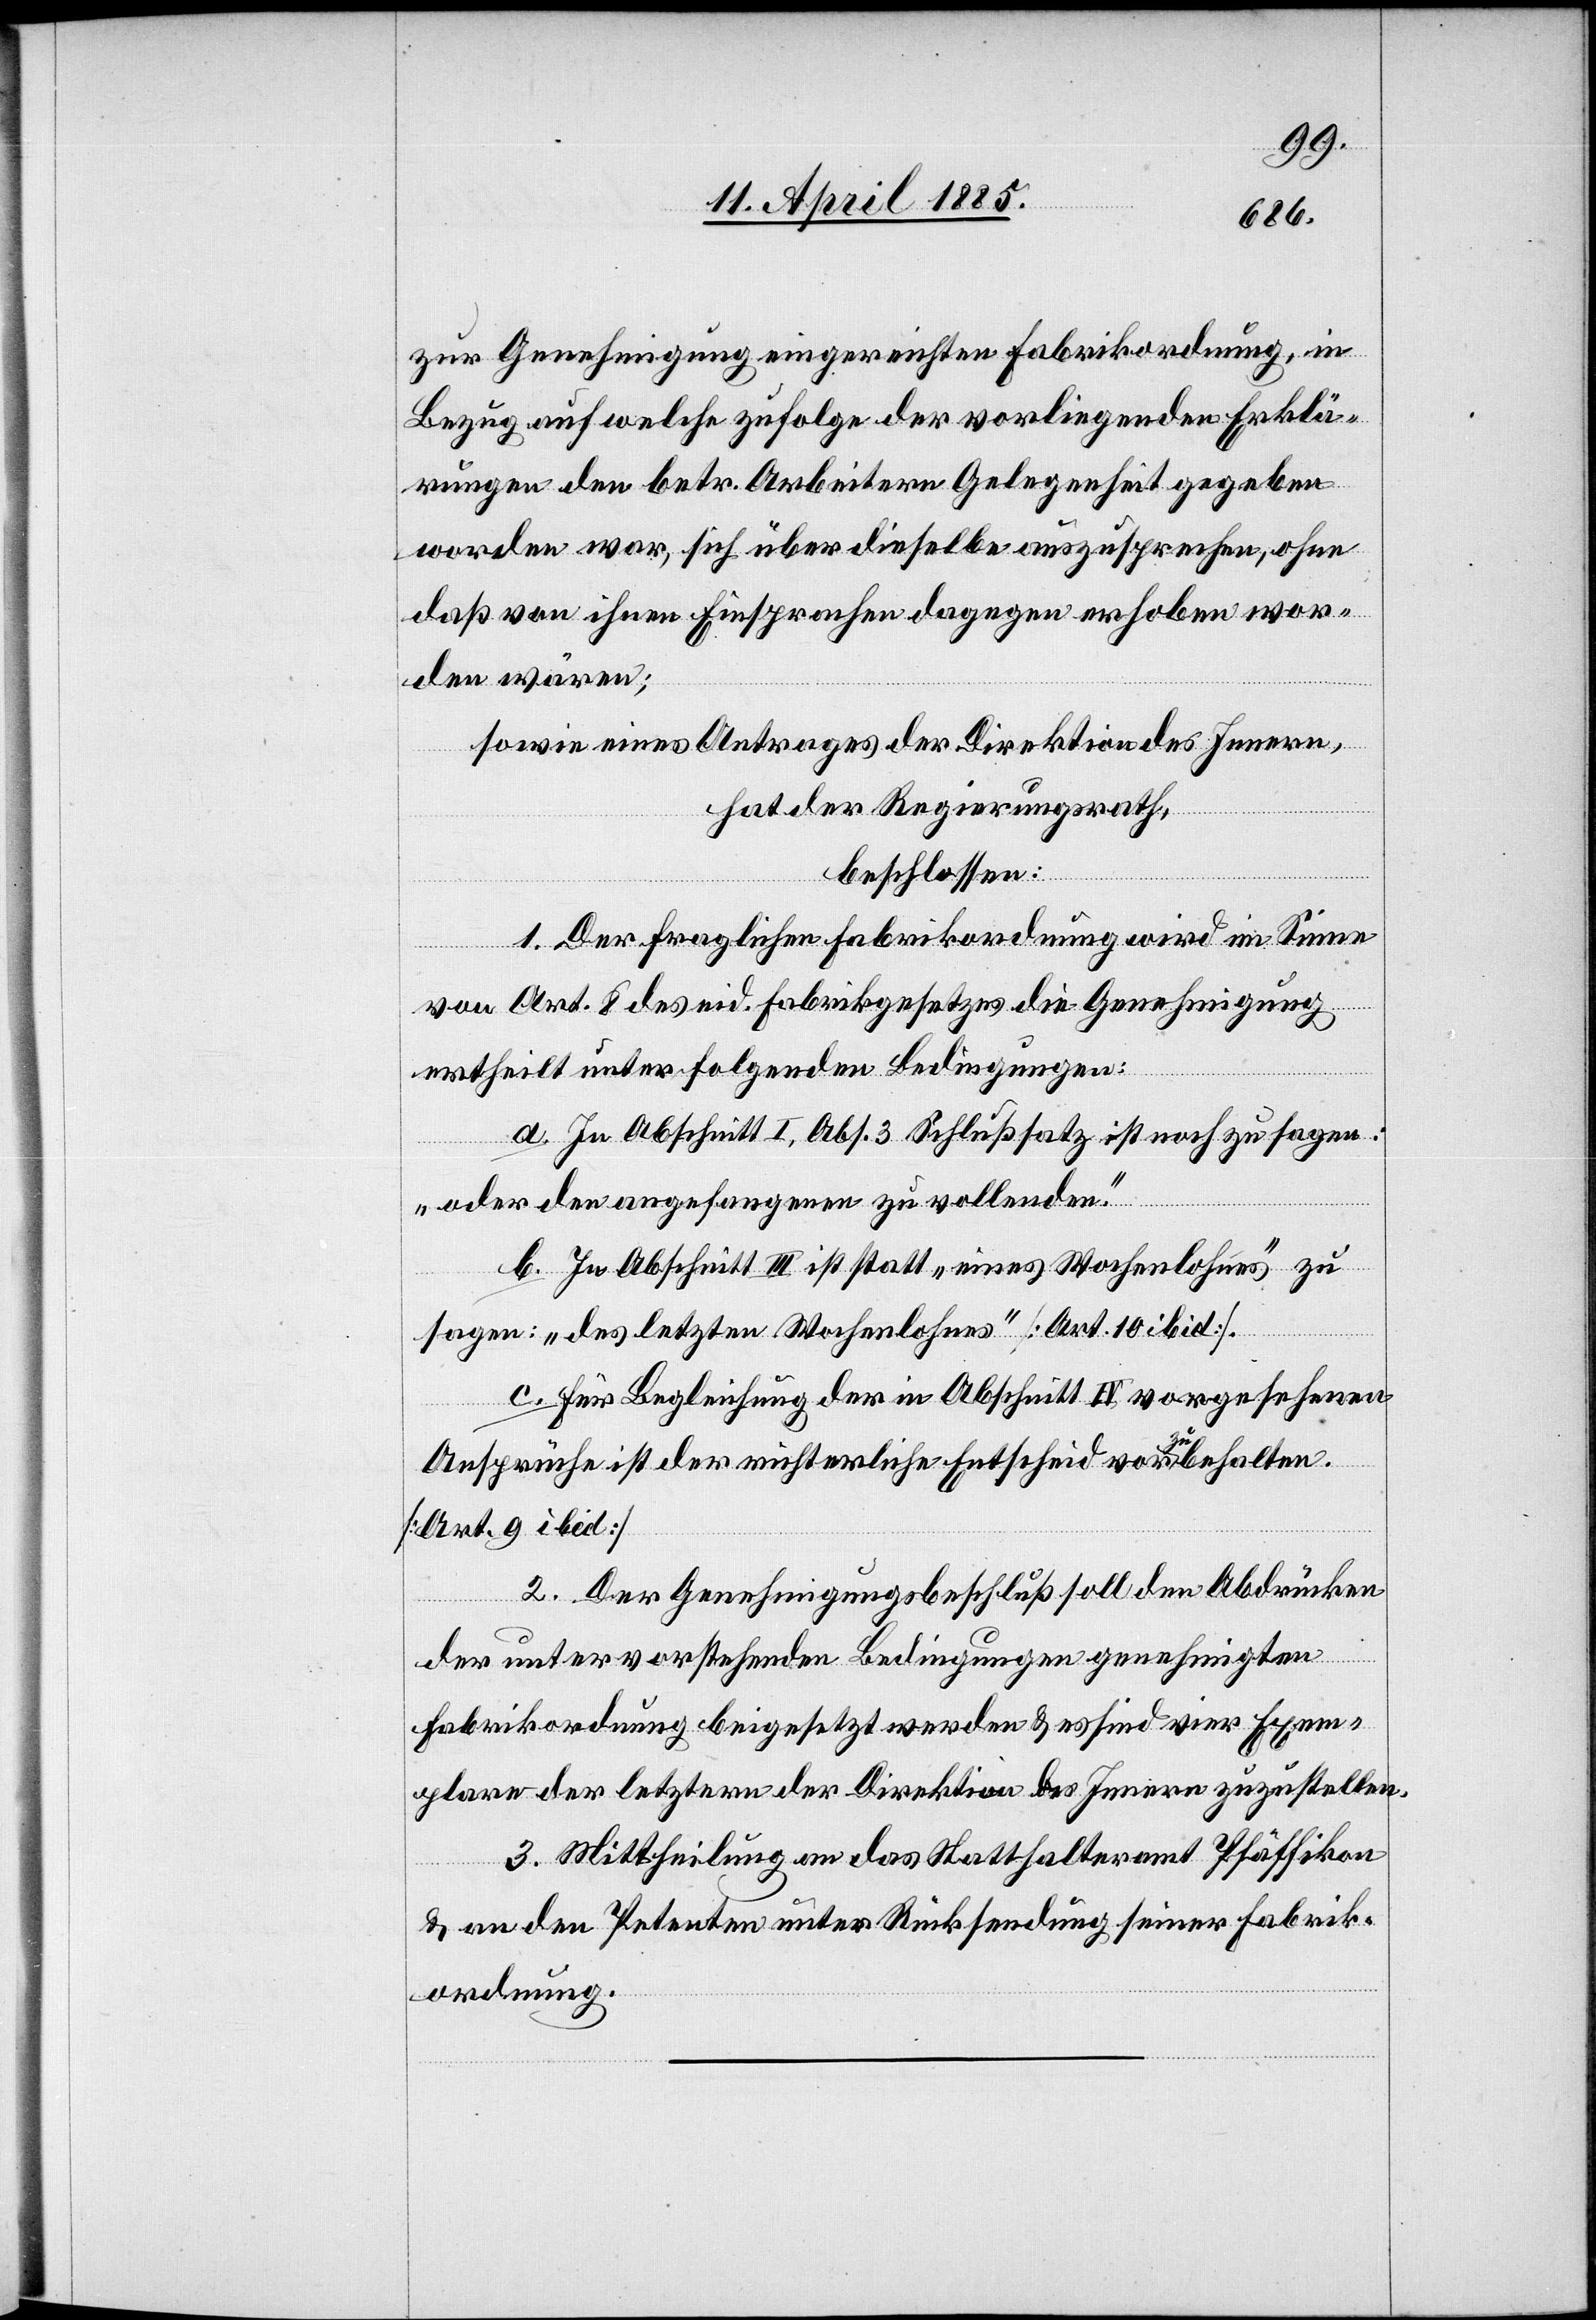
zur Genehmigung eingereichten Fabrikordnung, in
Bezug auf welche zufolge der vorliegenden Erklä¬
rungen den betr. Arbeitern Gelegenheit gegeben
worden war, sich über dieselbe auszusprechen, ohne
daß von ihnen Einsprachen dagegen erhoben wor¬
den wären;
sowie eines Antrages der Direktion des Innern,
hat der Regierungsrath,
beschlossen:
1. Der fraglichen Fabrikordnung wird im Sinne
von Art. 8 des eid. Fabrikgesetzes die Genehmigung
ertheilt unter folgenden Bedingungen:
a. In Abschrift I, Abs. 3 Schlußsatz ist noch zu sagen:
„oder den angefangenen zu vollenden.“
b. In Abschrift III ist statt „eines Wochenlohnes“ zu
sagen: „des letzten Wochenlohnes“ [Art. 10 ibid].
c. Für Begleichung der in Abschnitt IV vorgesehenen
Ansprüche ist der richterliche Entscheid vorzubehalten.
[Art. 9 ibid]
2. Der Genehmigungsbeschluß soll den Abdrücken
der unter vorstehenden Bedingungen genehmigten
Fabrikordnung beigesetzt werden & es sind vier Exem¬
plare der letztern der Direktion des Innern zuzustellen.
3. Mittheilung an das Statthalteramt Pfäffikon
& an den Petenten unter Rücksendung seiner Fabrik¬
ordnung.